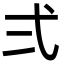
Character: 弍